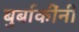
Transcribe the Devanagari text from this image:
बुर्बाकींनी